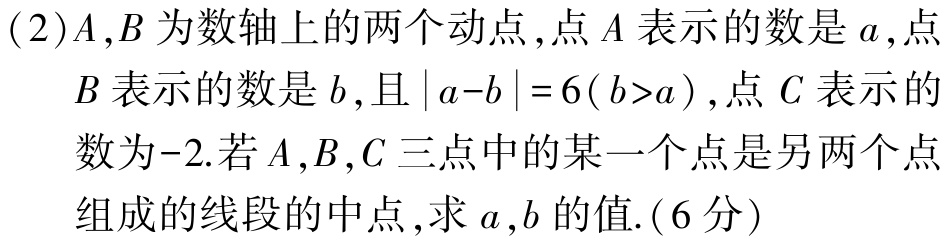
(2)\(A,B\)为数轴上的两个动点,点\(A\)表示的数是\(a\),点
\(B\)表示的数是\(b\),且\(\vert a - b\vert=6(b > a)\),点\(C\)表示的
数为\(-2\).若\(A,B,C\)三点中的某一个点是另两个点
组成的线段的中点,求\(a,b\)的值.(6分)